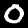
Digit: 0